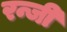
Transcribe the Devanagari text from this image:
रन्जी